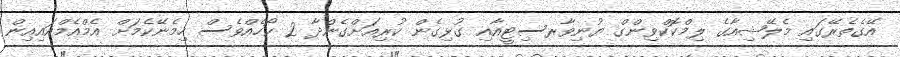
އޭގެތެރޭގައި މެލޭޝިއާގެ ލިމްކޮކްވިންގް ޔުނިވާރސިޓީއާއި ގުޅިގެން ކުރިއަށްގެންދާ 2 ކޯހެއްވެސް ހިމެނޭކެމަށް އެމްއެމްއައިއިން